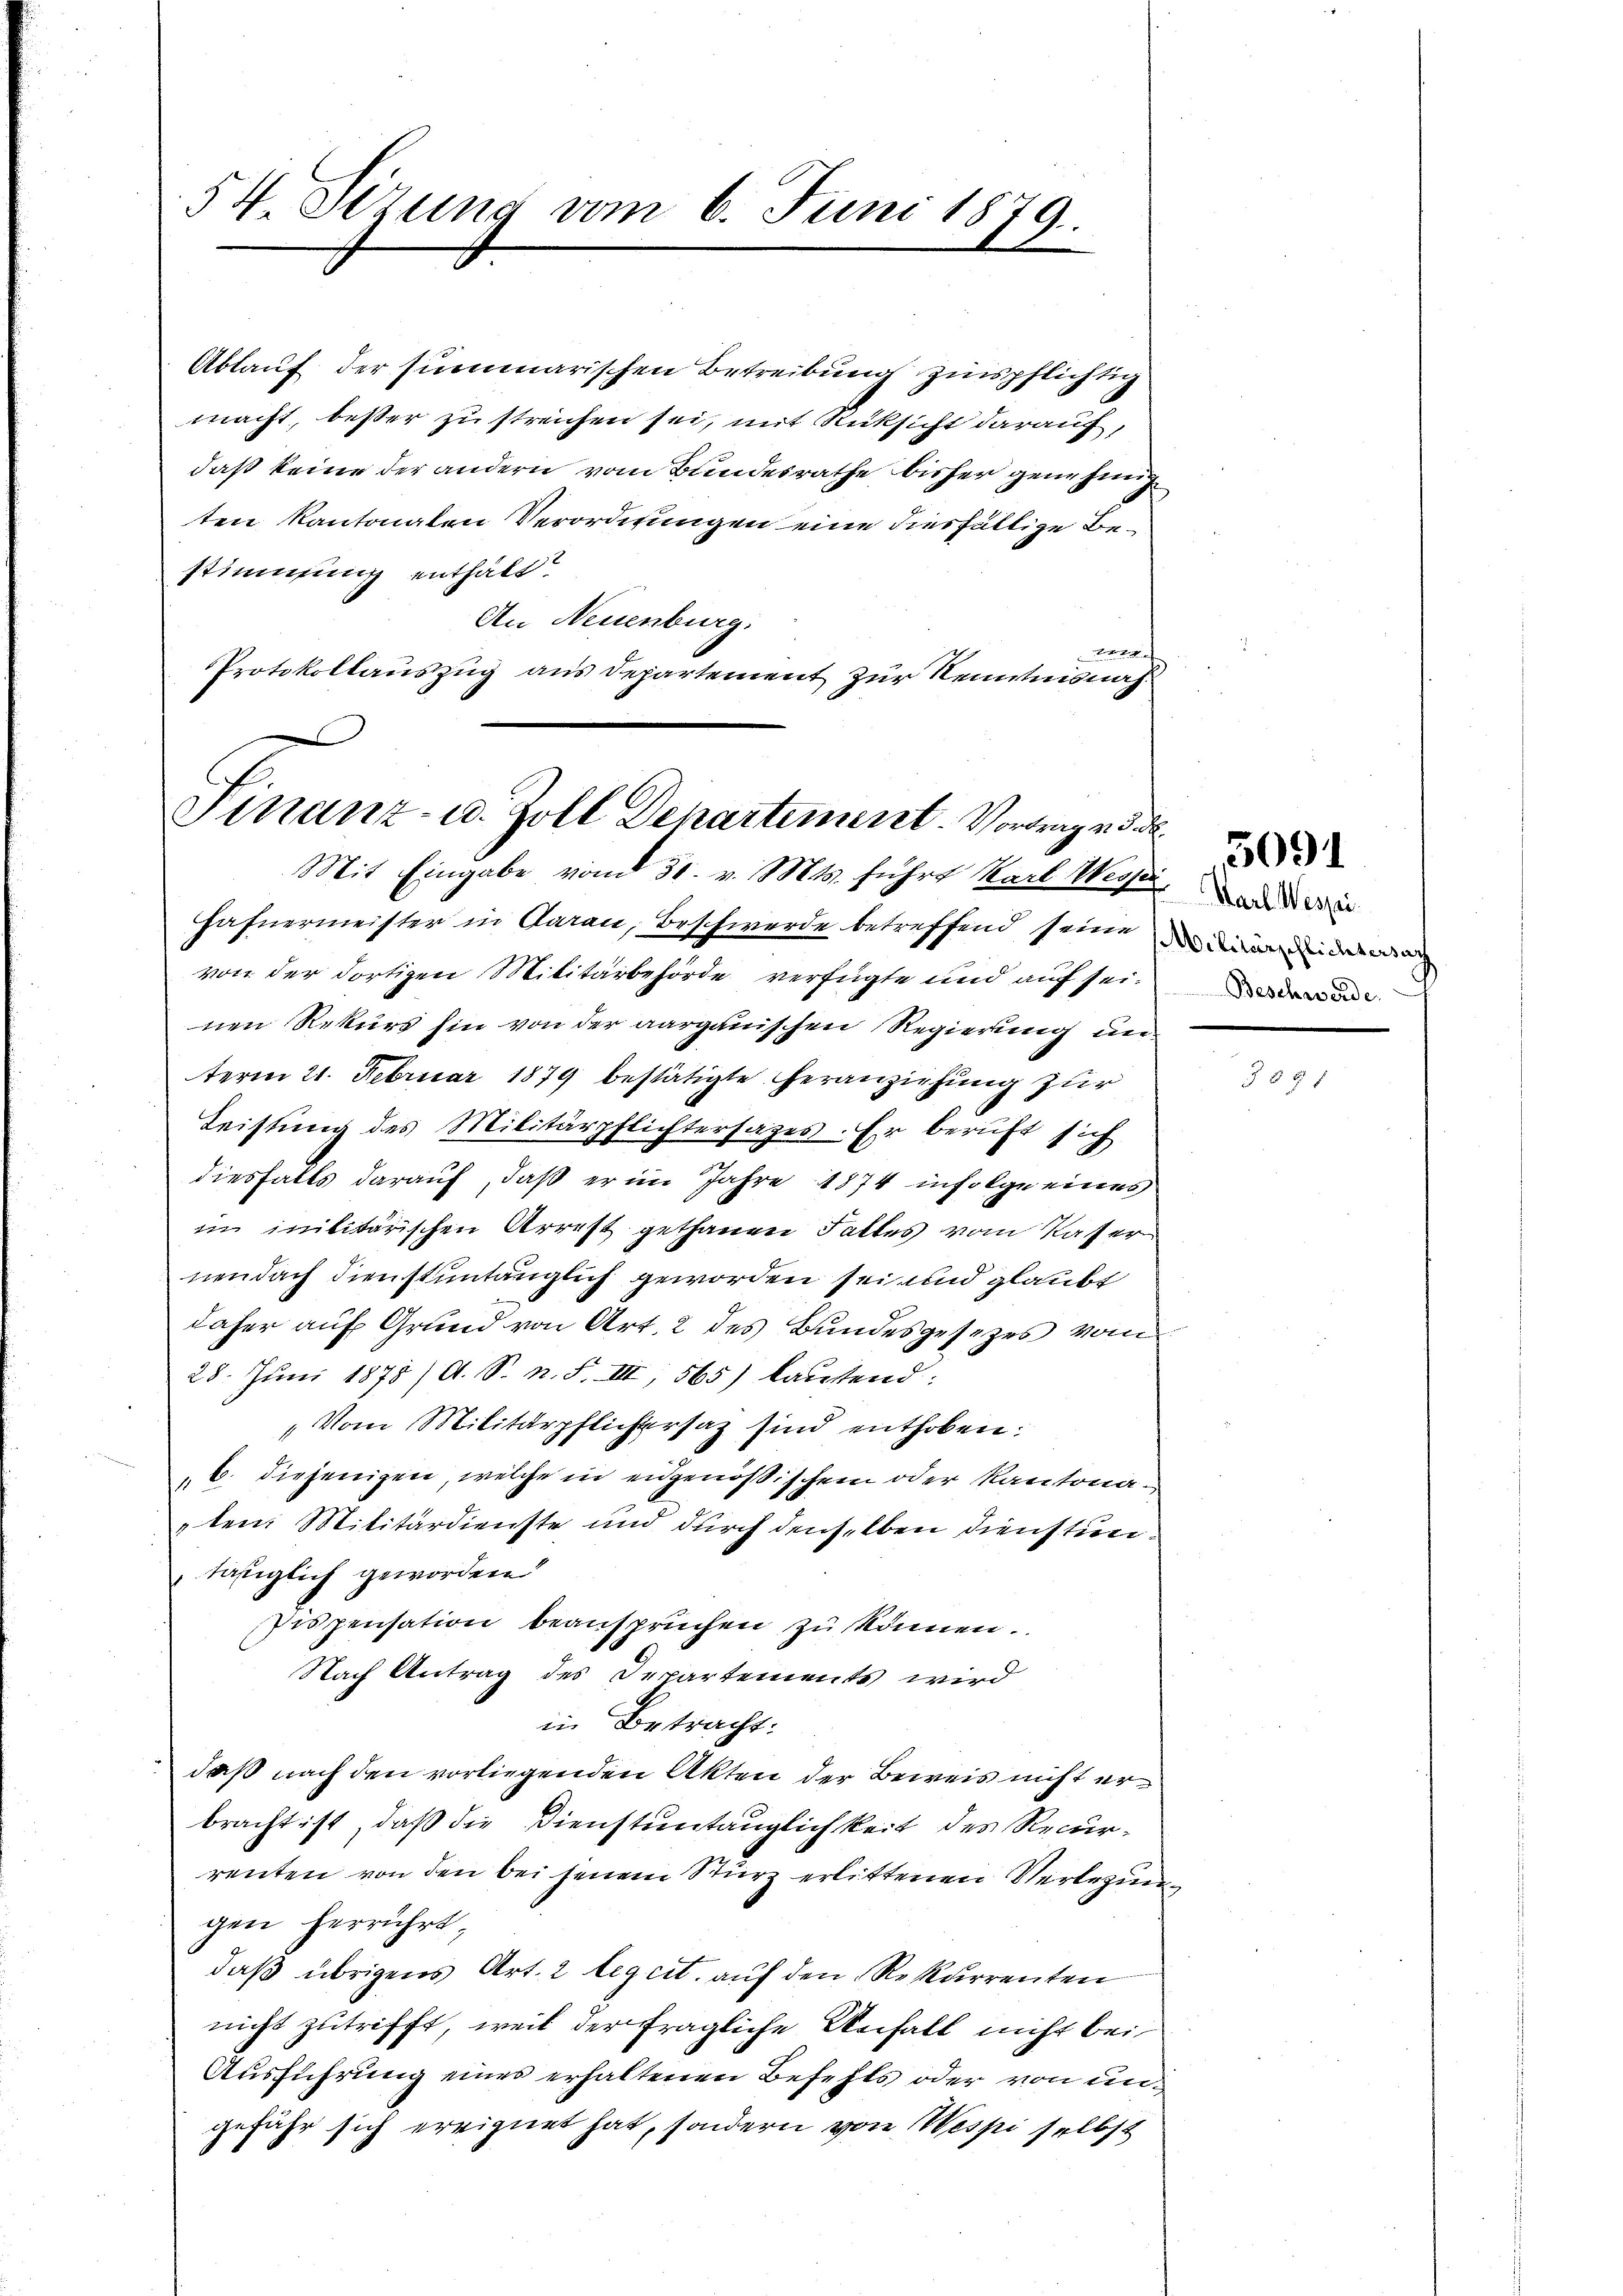
54. Sizung vom 6. Juni 1879.

stimmung enthält.

Ablauf der summarischen Betreibung zinspflichtig
macht, besser zu streichen sei, mit Rücksicht darauf,
daß keine der andern vom Bundesrathe bisher genehmig
ten Kantonalen Verordnungen eine diesfällige Be¬
An Neuenburg.

Protokollauszug aus Departement zur Kenntnisnah¬

Finanz- u. Zoll Departement Vortrag v. d. d.
Mit Eingabe vom 30. v. Mts. führt Karl Wesser

Fafnermeister in Garan, Beschwerde betreffend seine
von der dortigen Militärbehörde verfügte und auf seinen Rekurs hin von der aargauischen Regierung unterm 21. Februar 1879 bestätigte heranziehung zur
Leistŭng des Militärpflichtersazes. Er beruft sich
diesfalls darauf, daß er im Jahre 1874 infolge eines
im inilitärischen Arrest gethanen Falles vom Kasser
nendach dienstuntänglich geworden sei und glaubt
daher auf Grund von Art. 2 des Bundesgesezes vom
28. Juni 1873/ A. S. n. F. III 565) lautend:
„Vom Militärpflichersatz sind enthoben:
b. diejenigen, welche in eidgenößischem oder Kantonaten Militärdienste und durch denselben dienstuntäfiglich geworden
Pispensation beansprüchen zu können.
Nach Antrag des Departements wird
in Betracht:
daß nach den vorliegenden Akten der Beweis nicht erbracht ist, daß die Dienstuntauglichkeit des Recurrenten von den bei jenem Sturz erlittenen Verlegun
gen herrührt,
daß übrigens Art. 2 leget. auf den Rekurrenten
nicht zutrifft, weil der fragliche Unfall nicht bei
Ausführung eines erhaltenen Befehls oder von ungefähr sich ereignet hat, sondern von Wespi selbst

Karl Wespei
Militarschlichtersach
Beschwerde

f

5091